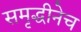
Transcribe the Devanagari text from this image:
समृद्धीनेच